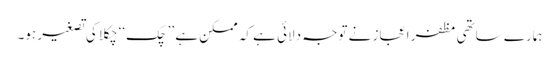
ہمارے ساتھی مظفر اعجاز نے توجہ دلائی ہے کہ ممکن ہے ’’چک‘‘ چکلا کی تصغیر ہو۔